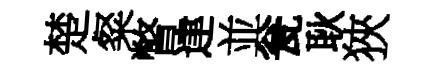
楚粲瞥䢖並瓮耿狹